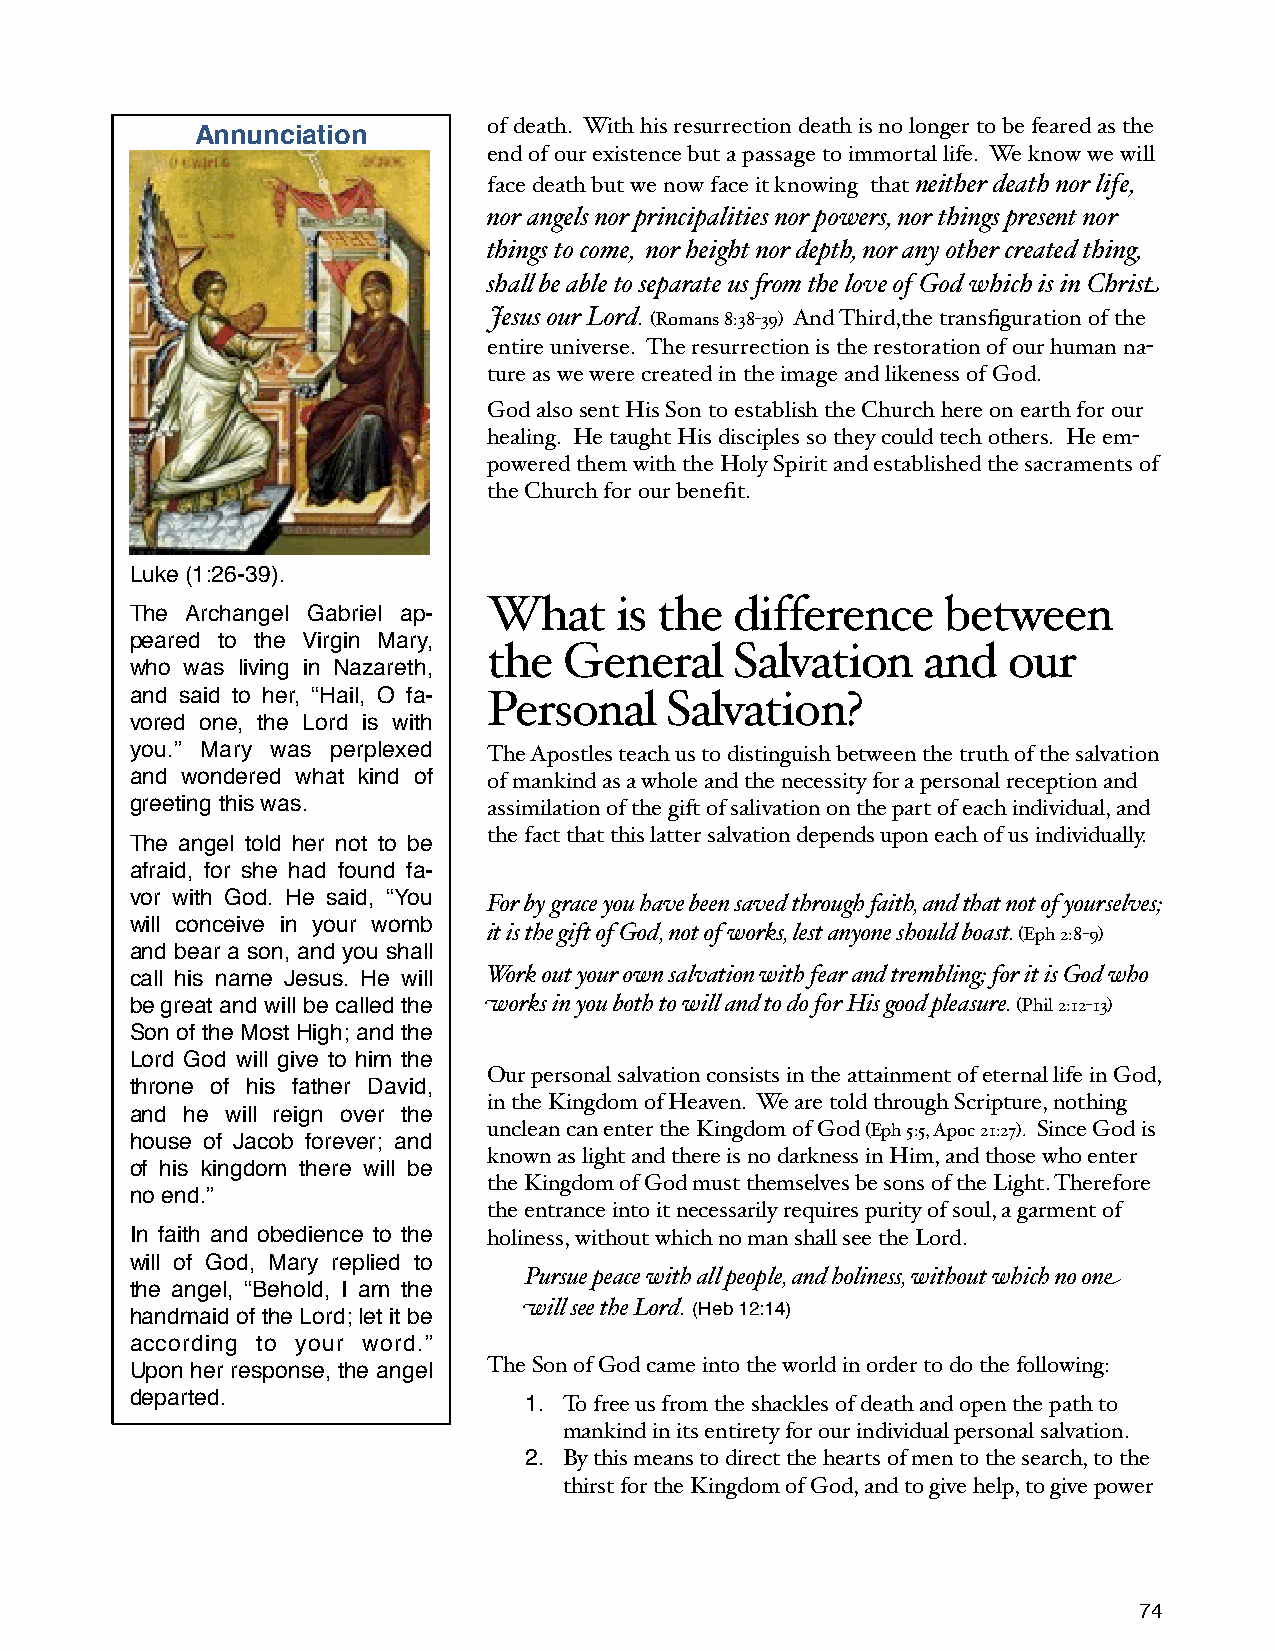
Annunciation       of death. With his resurrection death is no longer to be feared as the
 end of our existence but a passage to immortal life. We know we will
 face death but we now face it knowing that neither death nor life,
 nor angels nor principalities nor powers, nor things present nor
 things to come, nor height nor depth, nor any other created thing,
 sha+ be able to separate us )om the love of God which is in Christ
 Jesus our Lord. (Romans 8:38-39) And Third,the transfiguration of the
 entire universe. The resurrection is the restoration of our human na-
 ture as we were created in the image and likeness of God.
 God also sent His Son to establish the Church here on earth for our
 healing. He taught His disciples so they could tech others. He em-
 powered them with the Holy Spirit and established the sacraments of
 the Church for our benefit.
 Luke (1:26-39).
 What     is the  difference    between
 The Archangel Gabriel ap-
 peared to the Virgin Mary,
 the  General     Salvation   and   our
 who was living in Nazareth,
 and said to her, “Hail, O fa- Personal Salvation?
 vored one, the Lord is with
 you.” Mary was perplexed The Apostles teach us to distinguish between the truth of the salvation
 and wondered what kind of of mankind as a whole and the necessity for a personal reception and
 greeting this was.     assimilation of the gift of salivation on the part of each individual, and
 the fact that this latter salvation depends upon each of us individually.
 The angel told her not to be
 afraid, for she had found fa-
 vor with God. He said, “You For by grace you have been saved through faith, and that not of yourselves;
 will conceive in your womb
 it is the gift of God, not of works, lest anyone should boast. (Eph 2:8-9)
 and bear a son, and you shall
 call his name Jesus. He will Work out your own salvation with fear and trembling; for it is God who
 be great and will be called the works in you both to will and to do for His good pleasure. (Phil 2:12-13)
 Son of the Most High; and the
 Lord God will give to him the
 Our personal salvation consists in the attainment of eternal life in God,
 throne of his father David,
 in the Kingdom of Heaven. We are told through Scripture, nothing
 and he will reign over the
 unclean can enter the Kingdom of God (Eph 5:5, Apoc 21:27). Since God is
 house of Jacob forever; and
 known as light and there is no darkness in Him, and those who enter
 of his kingdom there will be
 the Kingdom of God must themselves be sons of the Light. Therefore
 no end.”
 the entrance into it necessarily requires purity of soul, a garment of
 In faith and obedience to the holiness, without which no man shall see the Lord.
 will of God, Mary replied to
 Pursue peace with all people, and holiness, without which no one
 the angel, “Behold, I am the
 handmaid of the Lord; let it be will see the Lord. (Heb 12:14)
 according to your word.”
 Upon her response, the angel The Son of God came into the world in order to do the following:
 departed.                 1. To free us from the shackles of death and open the path to
 mankind in its entirety for our individual personal salvation.
 2. By this means to direct the hearts of men to the search, to the
 thirst for the Kingdom of God, and to give help, to give power
 74